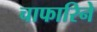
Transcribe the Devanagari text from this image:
चाफारिने